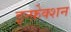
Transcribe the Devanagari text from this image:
इन्फ़ेक्शन